Report of the Municipal Commissioner on the plague in Bombay for the year ending 31st May... - Volume 2
Disease focus: Plague
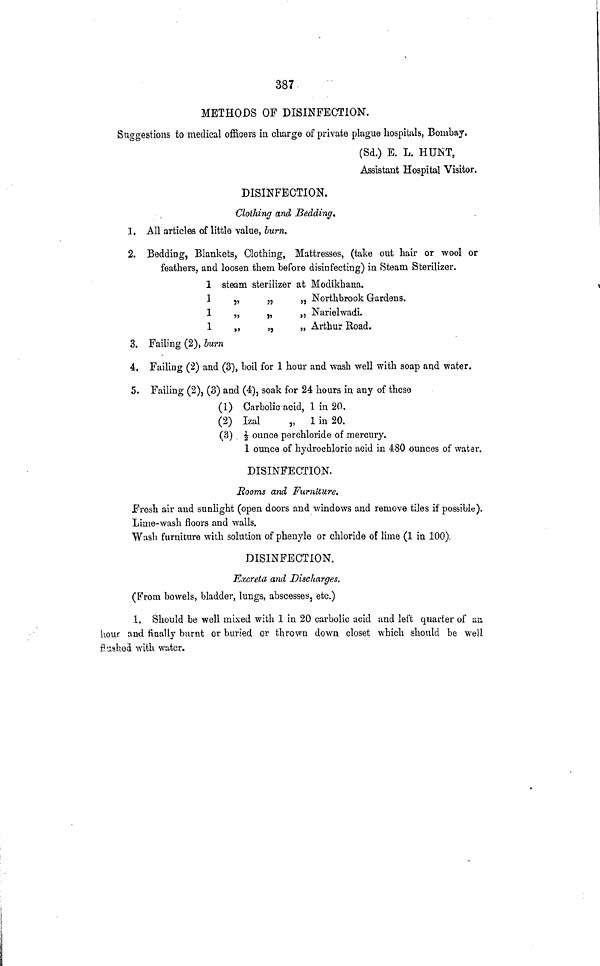
387
METHODS OF DISINFECTION.
Suggestions to medical officers in charge of private plague hospitals, Bombay.
(Sd.) E. L. HUNT,
Assistant Hospital Visitor.
DISINFECTION.
Clothing and Bedding*
1. All articles of little value, burn.
2. Bedding, Blankets, Clothing, Mattresses, (take out hair or wool or
feathers, and loosen them before disinfecting) in Steam Sterilizer.
1 steam sterilizer at Modikhana.
1
„
„
„ Northbrook Gardens.
1
„
„
„ Narielwadi.
1
„
,,
„ Arthur Road.
3. Failing (2), burn
4. Failing (2) and (3), boil for 1 hour and wash well with soap and water.
5. Failing (2), (3) and (4), soak for 24 hours in any of these
(1) Carbolic acid, 1 in 20.
(2) Izal
„ 1 in 20.
(3) 1/2 ounce perchloride of mercury.
1 ounce of hydrochloric acid in 480 ounces of water.
DISINFECTION.
Rooms and Furniture.
Fresh air and sunlight (open doors and windows and remove tiles if possible).
Lime-wash floors and walls.
Wash furniture with solution of phenyle or chloride of lime (1 in 100).
DISINFECTION.
Excreta and Discharges.
(From bowels, bladder, lungs, abscesses, etc.)
1. Should be well mixed with 1 in 20 carbolic acid and left quarter of an
hour and finally burnt or buried or thrown down closet which should be well
flushed with water.